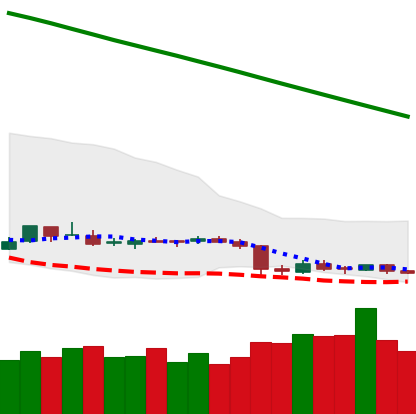
Ticker: ETC-USD
Chart end date: 2019-02-04
Forward return: 5.178%
Label: up_5_7